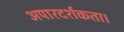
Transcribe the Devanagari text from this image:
अपारदर्शकता।